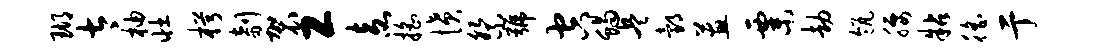
瑚太柚壮枵剞袈工盍摇愤祭号空蝎兵邰蕙粟劫瓴腰粘徭亍